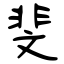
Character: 斐